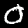
Label: 0